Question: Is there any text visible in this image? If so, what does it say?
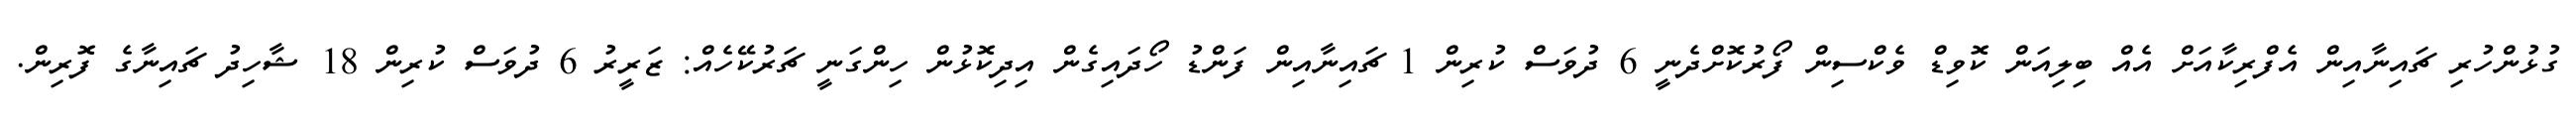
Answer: ގުޅުންހުރި ޗައިނާއިން އެފްރިކާއަށް އެއް ބިލިއަން ކޮވިޑް ވެކްސިން ފޯރުކޮށްދެނީ 6 ދުވަސް ކުރިން 1 ޗައިނާއިން ފަންޑު ހޯދައިގެން އިދިކޮޅުން ހިންގަނީ ޗަރުކޭހެއް: ޒަރީރު 6 ދުވަސް ކުރިން 18 ޝާހިދު ޗައިނާގެ ފޮރިން.